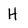
Character: H